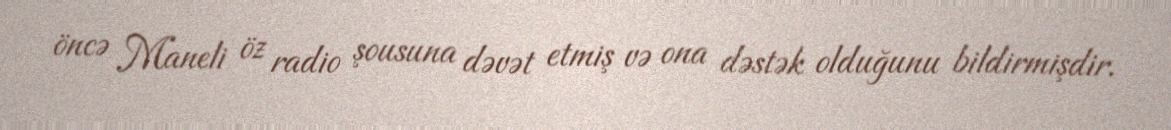
öncə Maneli öz radio şousuna dəvət etmiş və ona dəstək olduğunu bildirmişdir.